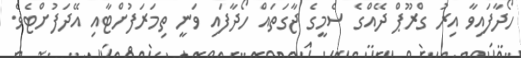
ހޯދާފައިވާ އިރު ގްރޫޕް ދޭއްގެ ސެމީގެ ޖާގަތައް ހޯދާފައި ވަނީ ތިމަރަފުށްޓާއި އޭދަފުށްޓެވެ.